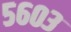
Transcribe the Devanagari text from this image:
५६०३